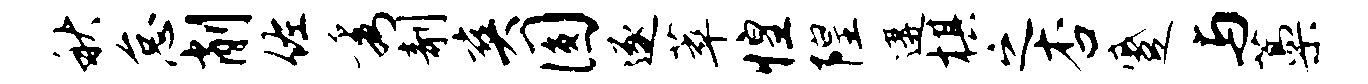
秋怠削佐秀剞爽圆逐萃惶隍遘棋之杏蹙与藁